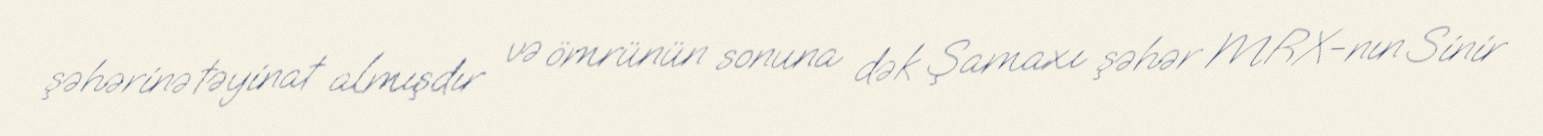
şəhərinə təyinat almışdır və ömrünün sonuna dək Şamaxı şəhər MRX-nın Sinir